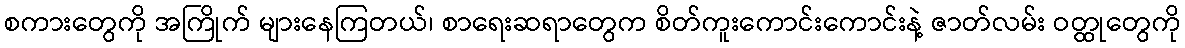
စကားတွေကို အကြိုက် များနေကြတယ်၊ စာရေးဆရာတွေက စိတ်ကူးကောင်းကောင်းနဲ့ ဇာတ်လမ်း ဝတ္ထုတွေကို